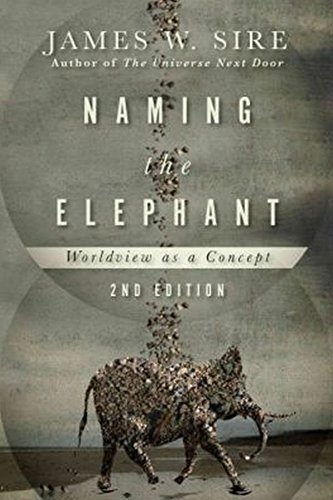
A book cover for Naming the Elephant: Worldview as a Concept; James W. Sire; Politics & Social Sciences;